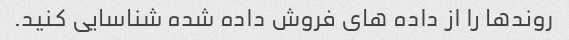
روندها را از داده های فروش داده شده شناسایی کنید.